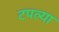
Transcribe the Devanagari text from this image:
टपल्या